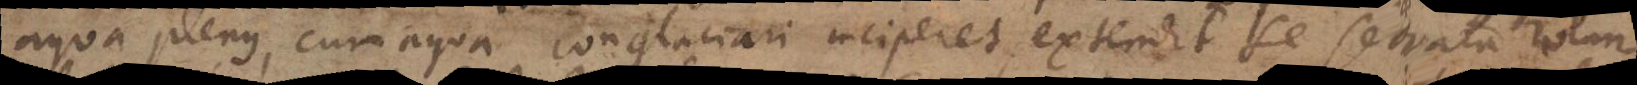
aqua plenus, cum aqua conglaciari inciperet, extendit se servata rotun